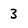
Character: 3